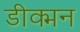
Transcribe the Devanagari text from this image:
डीक्मन